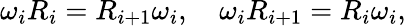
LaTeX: \omega_{i}R_{i}=R_{i+1}\omega_{i},\quad\omega_{i}R_{i+1}=R_{i}\omega_{i},